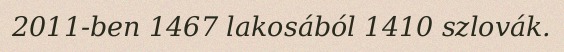
2011-ben 1467 lakosából 1410 szlovák.